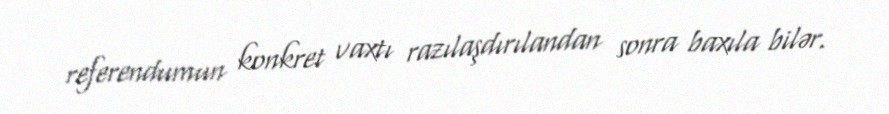
referendumun konkret vaxtı razılaşdırılandan sonra baxıla bilər.